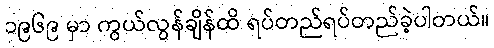
၁၉၆၉ မှာ ကွယ်လွန်ချိန်ထိ ရပ်တည်ရပ်တည်ခဲ့ပါတယ်။